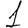
Digit: 1